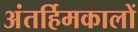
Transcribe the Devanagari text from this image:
अंतर्हिमकालों